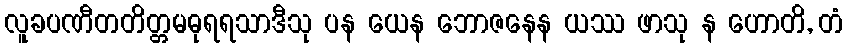
လူခပဏီတတိတ္တမဓုရရသာဒီသု ပန ယေန ဘောဇနေန ယဿ ဖာသု န ဟောတိ, တံ